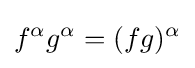
f^{\alpha }g^{\alpha }=(fg)^{\alpha }